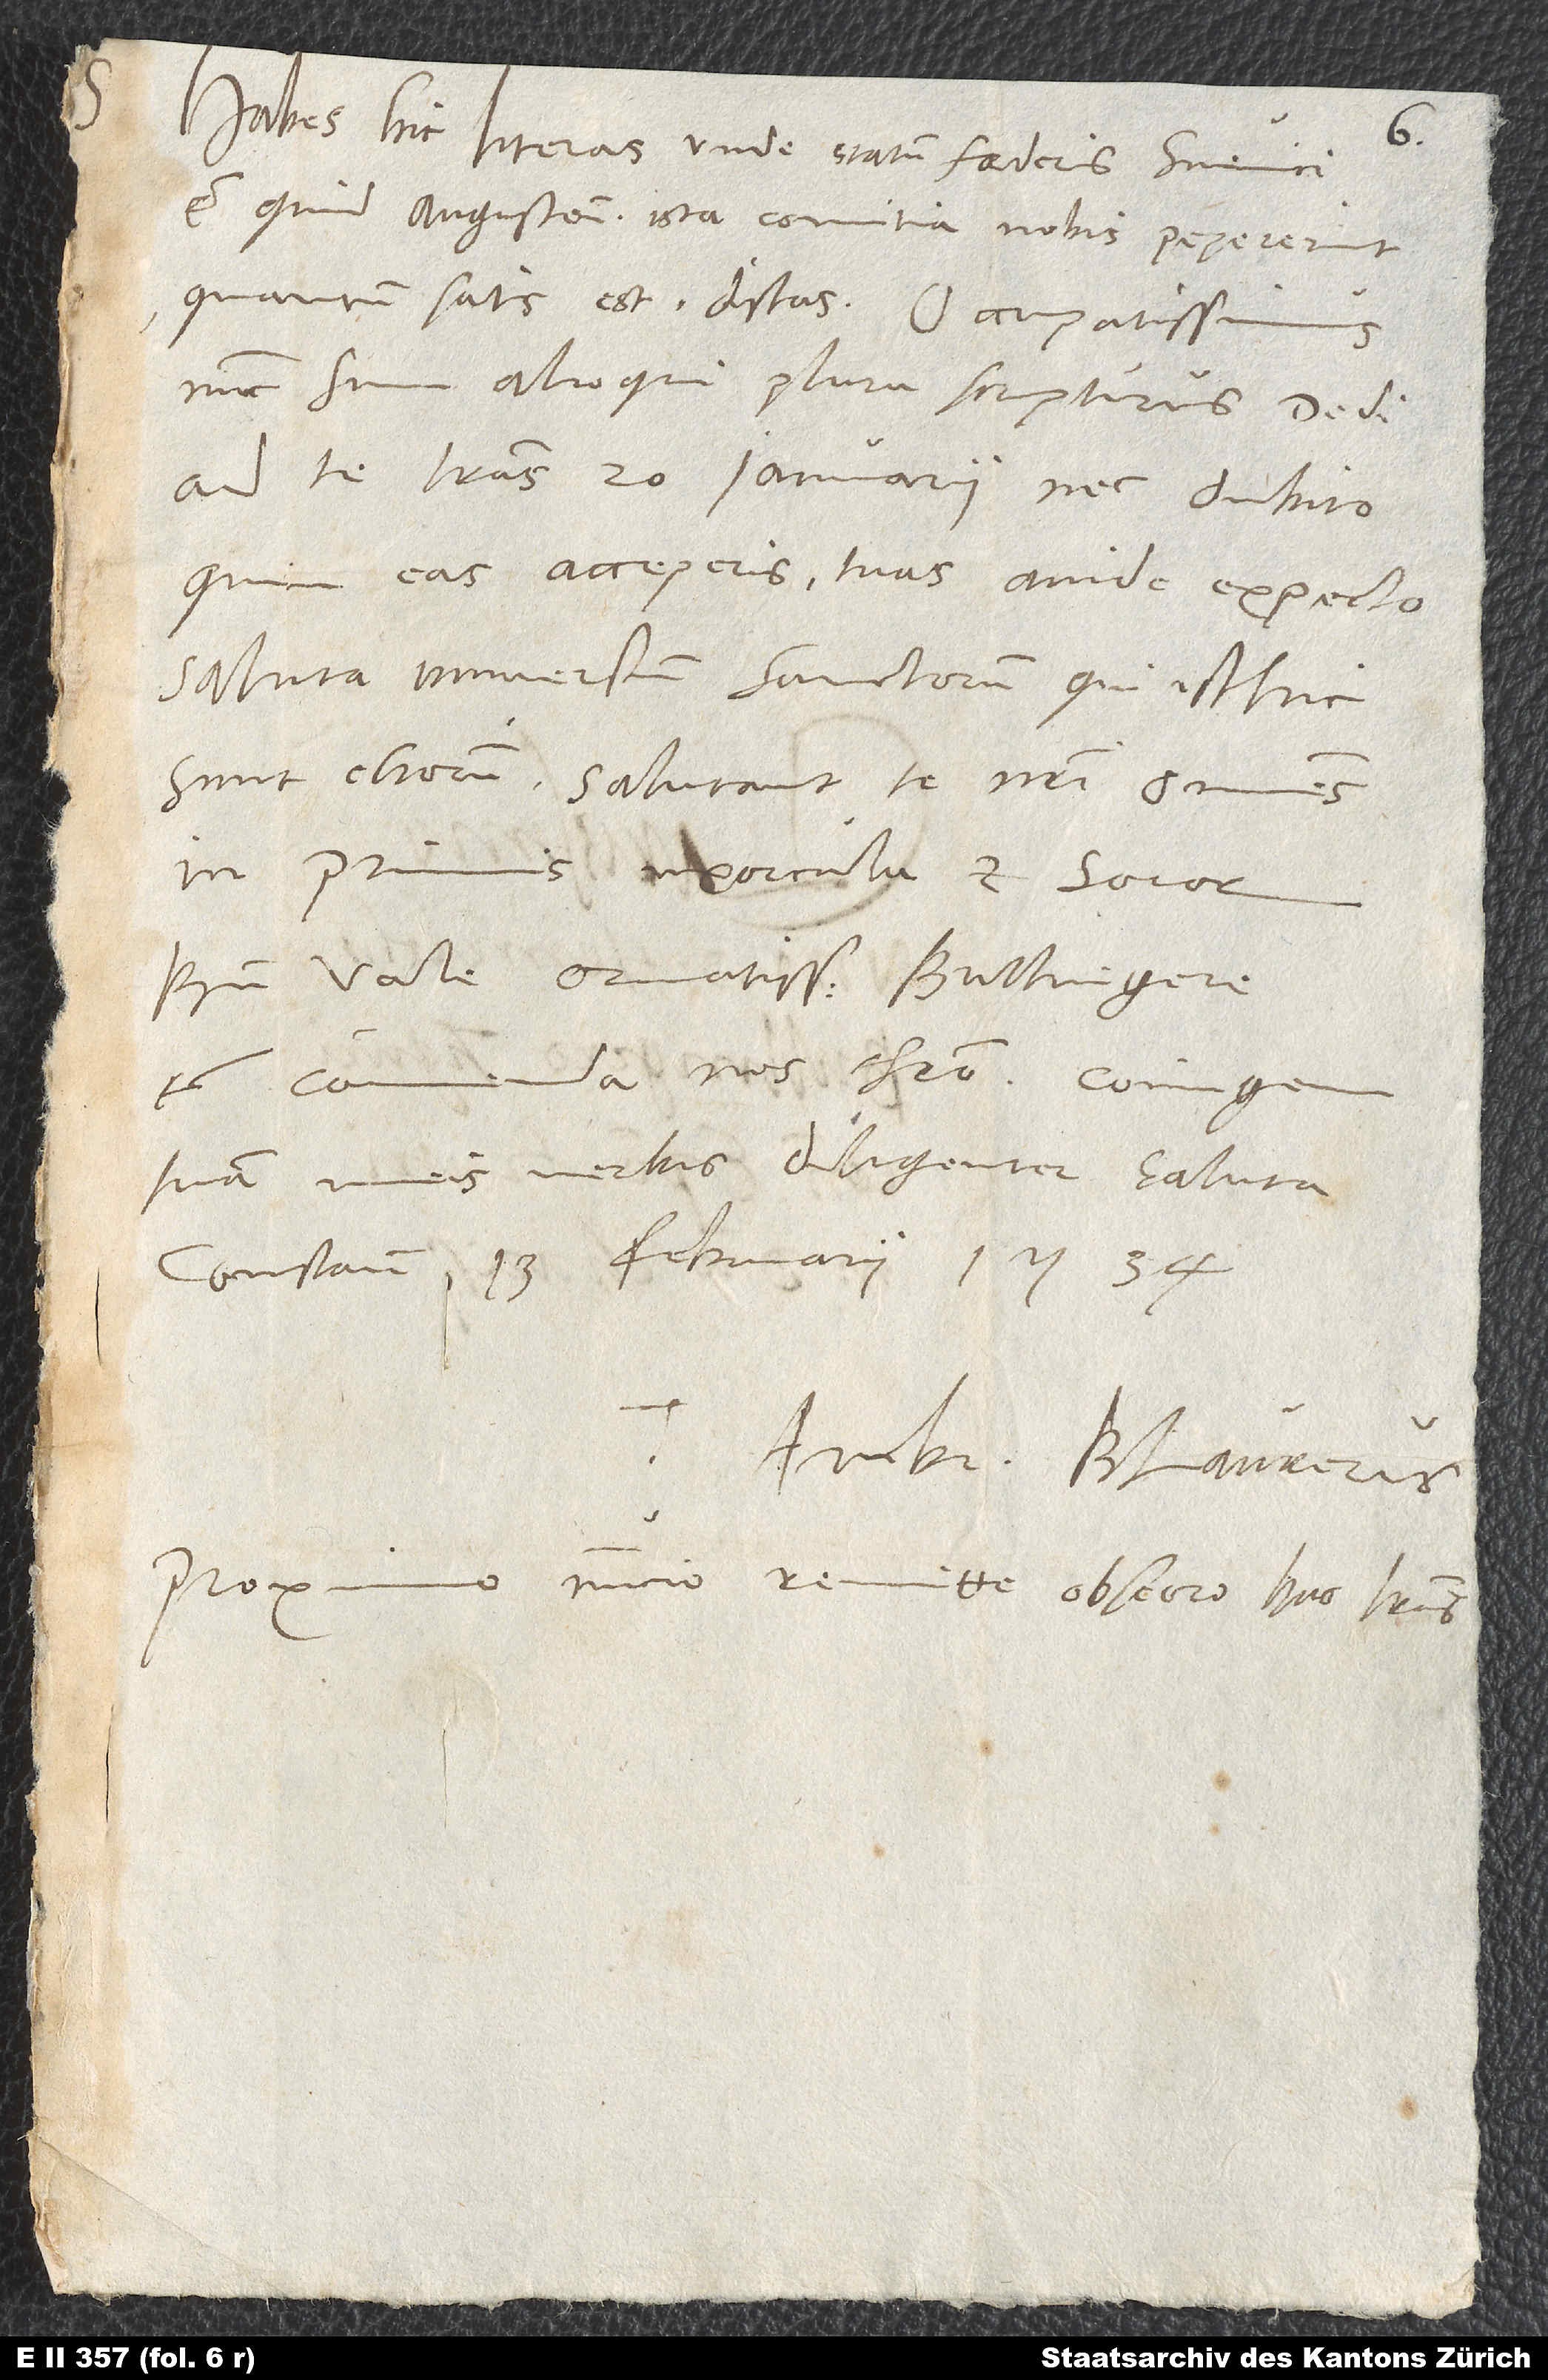
Habes hic literas, unde statum foederis Svevici
et quid Augustensia ista comitia nobis pepererint,
quantum satis est, discas. Occupatissimus
nunc sum alioqui plura scripturus. Dedi
ad te literas 20. ianuarii nec dubito,
quin eas acceperis. Tuas avide expecto.
Saluta universum sanctorum, qui isthic
sunt, chorum. Salutant te nostri omnes,
inprimis uxorcula et soror.
Bene vale, ornatissime Bullingere,
et commenda nos Christo. Coniugem
tuam meis verbis diligenter saluta.
Constantiae, 13. februarii 1534.
Ambr. Blaurerus.
Proximo nuncio remitte, obsecro, has literas.